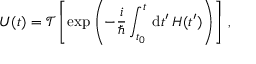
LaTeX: U ( t ) = { \mathcal { T } } \left[ \exp \left( - { \frac { i } { \hbar } } \int _ { t _ { 0 } } ^ { t } \, \mathrm { { d } } t ^ { \prime } \, H ( t ^ { \prime } ) \right) \right] \, ,